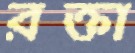
রক্তা